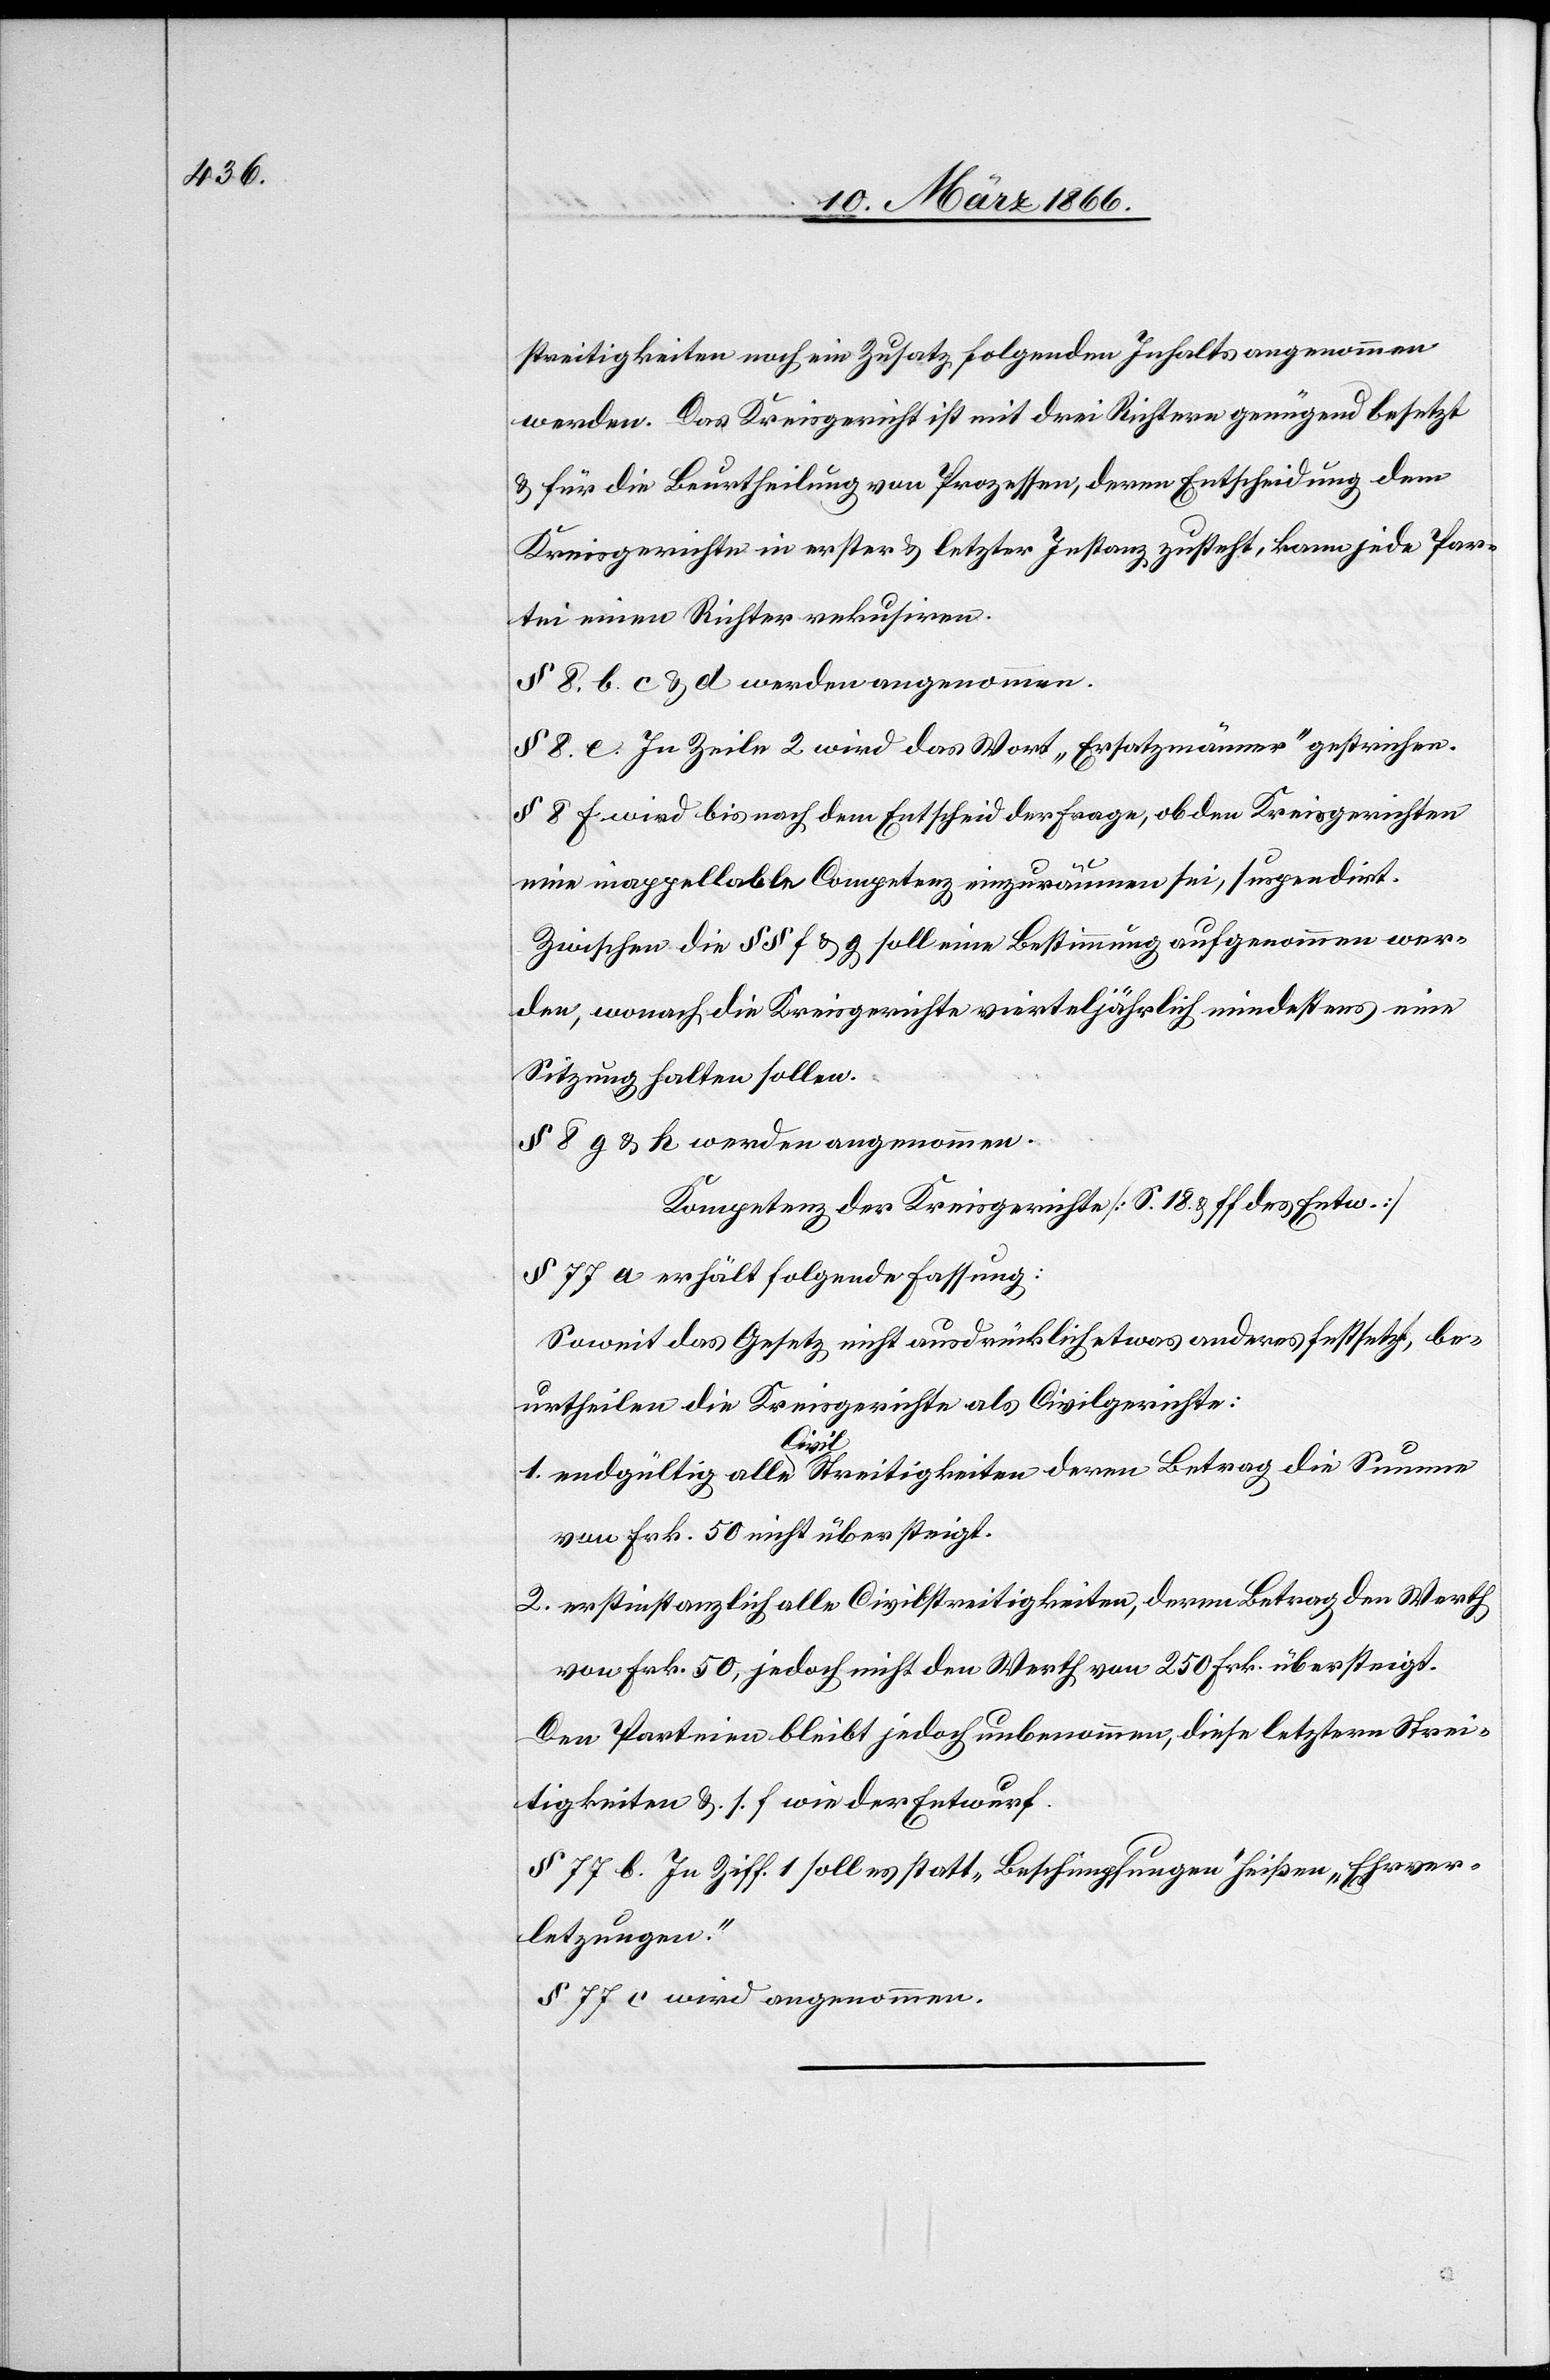
streitigkeiten noch ein Zusatz, folgenden Inhalts angenommen
werden. Das Kreisgericht ist mit drei Richtern genügend besetzt
u. für die Beurtheilung von Prozessen, deren Entscheidung dem
Kreisgerichte in erster u. letzter Instanz zusteht, kann jede Par¬
tei einen Richter rekusiren.
§ 8, b. c u. d werden angenommen.
§ 8 e. In Zeile 2 wird das Wort „Ersatzmänner“ gestrichen.
§ 8 f wird bis nach dem Entscheid der Frage, ob den Kreisgerichten
eine inappellable Competenz einzuräumen sei, suspendirt.
Zwischen die § § f u. g soll eine Bestimmung aufgenommen wer¬
den, wonach die Kreisgerichte vierteljährlich mindestens eine
Sitzung halten sollen.
§ 0 g u. k werden angenommen.
Kompetenz der Kreisgerichte [S. 18 u. ff des Entw.]
§ 88 a erhält folgende Fassung:
Soweit das Gesetz nicht ausdrücklich etwas anderes festsetzt, be¬
urtheilen die Kreisgerichte als Civilgerichte:
von Frk. 50 nicht übersteigt.
2. erstinstanzlich alle Civilstreitigkeiten, deren Betrag den Werth
von Frk. 50, jedoch nicht den Werth von 250 Frk. übersteigt.
Den Parteien bleibt jedoch unbenommen, diese letztern Strei¬
tigkeiten u. s. f. wie der Entwurf.
§ 77 b. In Ziff 1 soll es statt „Beschimpfungen“ heißen „Ehrver¬
letzungen.“
§ 77 c wird angenommen.